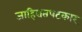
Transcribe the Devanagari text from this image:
जाहिरातपटकार